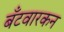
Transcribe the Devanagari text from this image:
बँटवारकन